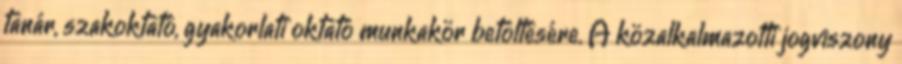
tanár, szakoktató, gyakorlati oktató munkakör betöltésére. A közalkalmazotti jogviszony